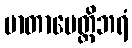
မာတာပေတ္တိဘရံ